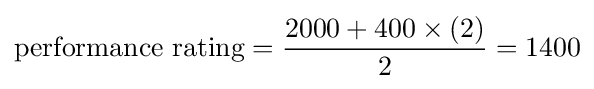
{\text{performance rating}}={\frac {2000+400\times (2)}{2}}=1400